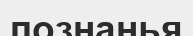
познанья